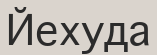
Йехуда